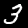
Digit: 3